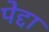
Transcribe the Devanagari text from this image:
पेद्दा